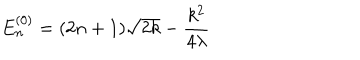
E _ { n } ^ { ( 0 ) } = ( 2 n + 1 ) \sqrt { 2 k } - \frac { k ^ { 2 } } { 4 \lambda }